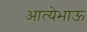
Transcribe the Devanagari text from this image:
आत्येभाऊ